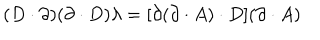
( D \cdot \partial ) ( \partial \cdot D ) \lambda = [ \partial ( \partial \cdot A ) \cdot D ] ( \partial \cdot A )